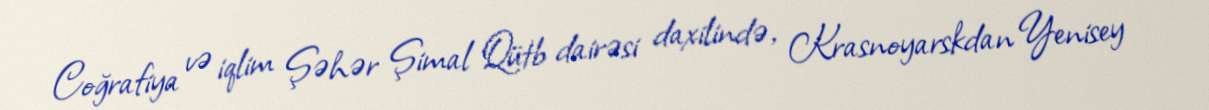
Coğrafiya və iqlim Şəhər Şimal Qütb dairəsi daxilində, Krasnoyarskdan Yenisey